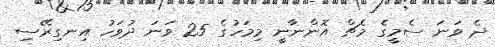
ދެ ވަނަ ސެމީގެ މެޗް އޮންނާނީ މިމަހުގެ 25 ވަނަ ދުވަހު އިނގިރޭސި